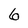
Character: 6